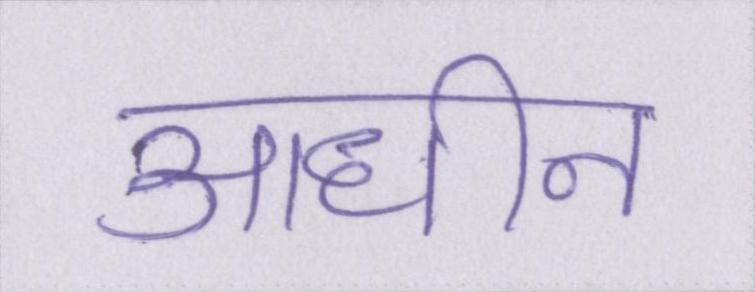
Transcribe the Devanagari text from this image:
आधीन